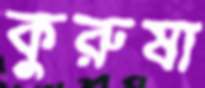
কুরুষা